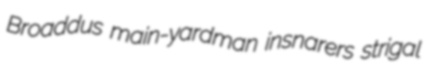
Broaddus main-yardman insnarers strigal